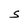
Character: S